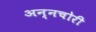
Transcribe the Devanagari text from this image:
अन्नचोरी